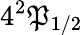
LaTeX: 4^{2}\mathfrak{P}_{1/2}